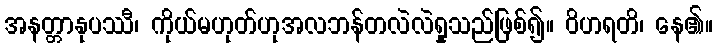
အနတ္တာနုပဿီ၊ ကိုယ်မဟုတ်ဟုအလဘန်တလဲလဲရှုသည်ဖြစ်၍။ ဝိဟရတိ၊ နေ၏။